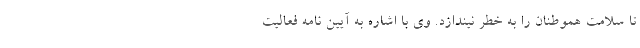
تا سلامت هموطنان را به خطر نیندازد. وی با اشاره به آیین نامه فعالیت